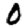
Digit: 0